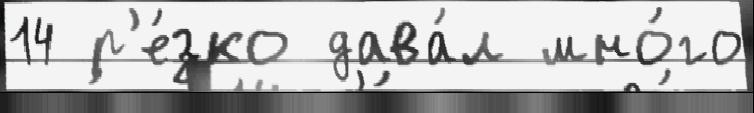
14 р'е́зко дава́л мно́го